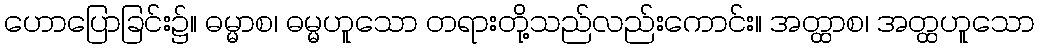
ဟောပြောခြင်း၌။ ဓမ္မာစ၊ ဓမ္မဟူသော တရားတို့သည်လည်းကောင်း။ အတ္ထာစ၊ အတ္ထဟူသော